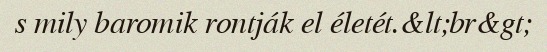
s mily baromik rontják el életét.&lt;br&gt;